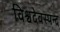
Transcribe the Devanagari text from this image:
विश्वदेवस्पन्द